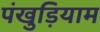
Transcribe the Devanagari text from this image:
पंखुड़ियाम